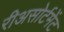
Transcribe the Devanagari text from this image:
रीअसोर्टमेंट